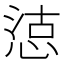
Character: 𢜃